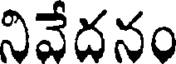
నివేదనం